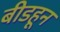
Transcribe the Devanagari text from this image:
बीडहून